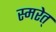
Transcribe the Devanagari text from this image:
स्मरेत्